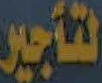
لتأجير